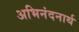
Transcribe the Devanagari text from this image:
अभिनंदनार्थ